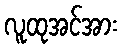
လူထုအင်အား